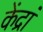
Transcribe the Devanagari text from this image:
केंद्रां